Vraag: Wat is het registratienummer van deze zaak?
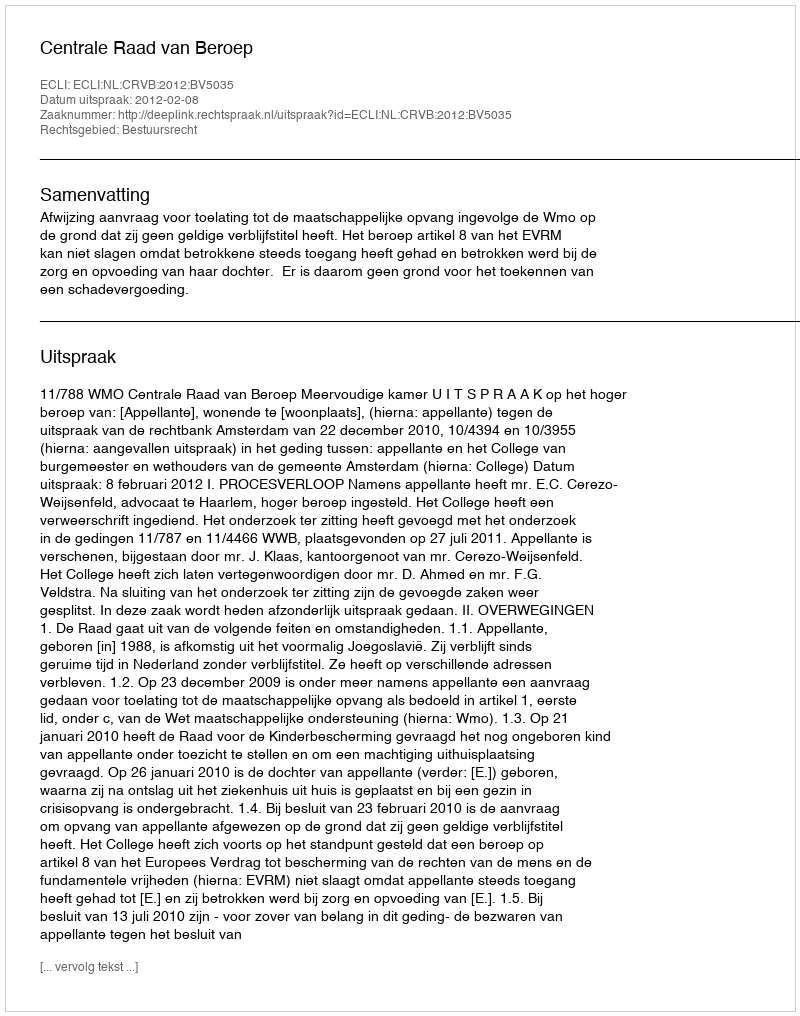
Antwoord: http://deeplink.rechtspraak.nl/uitspraak?id=ECLI:NL:CRVB:2012:BV5035